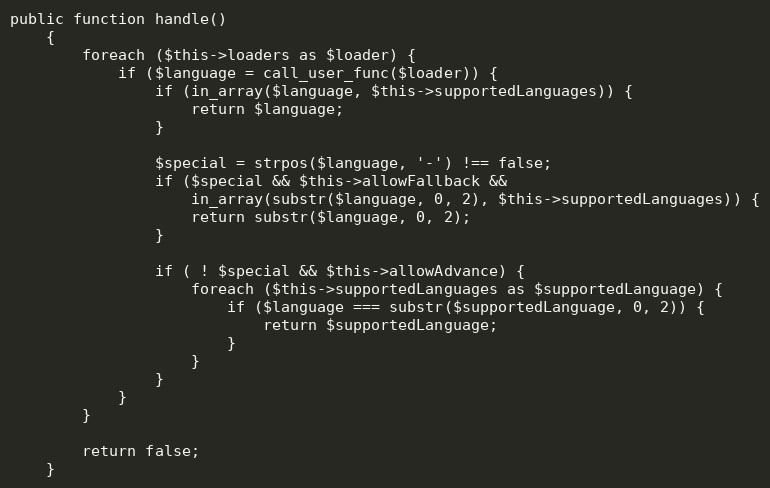
Language: PHP
public function handle()
    {
        foreach ($this->loaders as $loader) {
            if ($language = call_user_func($loader)) {
                if (in_array($language, $this->supportedLanguages)) {
                    return $language;
                }

                $special = strpos($language, '-') !== false;
                if ($special && $this->allowFallback &&
                    in_array(substr($language, 0, 2), $this->supportedLanguages)) {
                    return substr($language, 0, 2);
                }

                if ( ! $special && $this->allowAdvance) {
                    foreach ($this->supportedLanguages as $supportedLanguage) {
                        if ($language === substr($supportedLanguage, 0, 2)) {
                            return $supportedLanguage;
                        }
                    }
                }
            }
        }

        return false;
    }